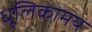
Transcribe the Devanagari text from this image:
धूलिकामय